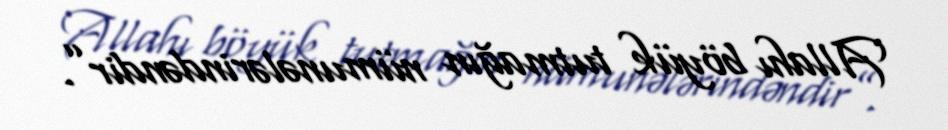
Allahı böyük tutmağın nümunələrindəndir”.